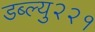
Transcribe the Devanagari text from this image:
डब्ल्यु२२१